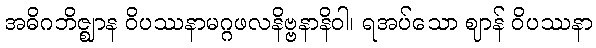
အဓိဂဘိဇ္ဈာန ဝိပဿနာမဂ္ဂဖလနိဗ္ဗနာနိဝါ၊ ရအပ်သော ဈာန် ဝိပဿနာ